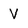
Character: V